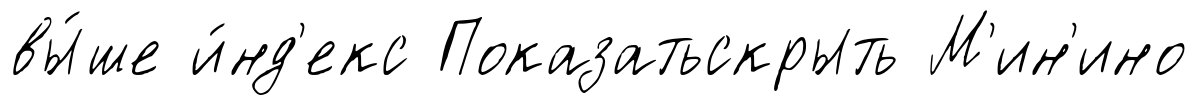
вы́ше и́нд'екс Показатьскрыть М'ин'ино